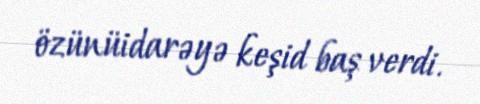
özünüidarəyə keşid baş verdi.